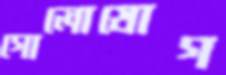
গোলোযোগ